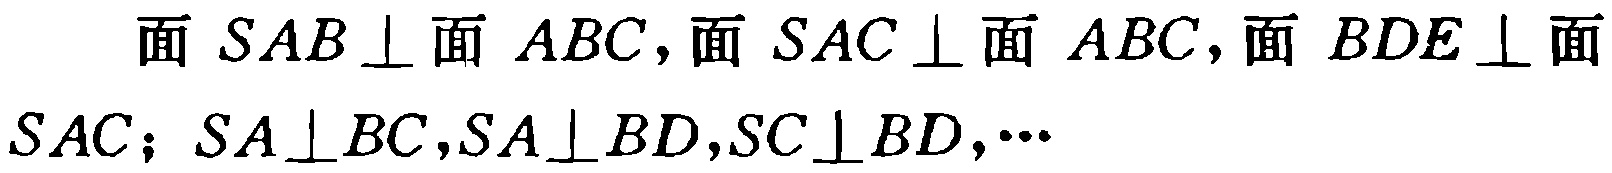
面 \(SAB \perp\) 面 \(ABC\)，面 \(SAC \perp\) 面 \(ABC\)，面 \(BDE \perp\) 面 \(SAC\)；\(SA \perp BC\)，\(SA \perp BD\)，\(SC \perp BD\)，\(\cdots\)